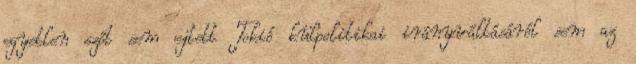
egyetlen szót sem ejtett Tokió külpolitikai irányváltásáról sem az